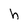
Character: h